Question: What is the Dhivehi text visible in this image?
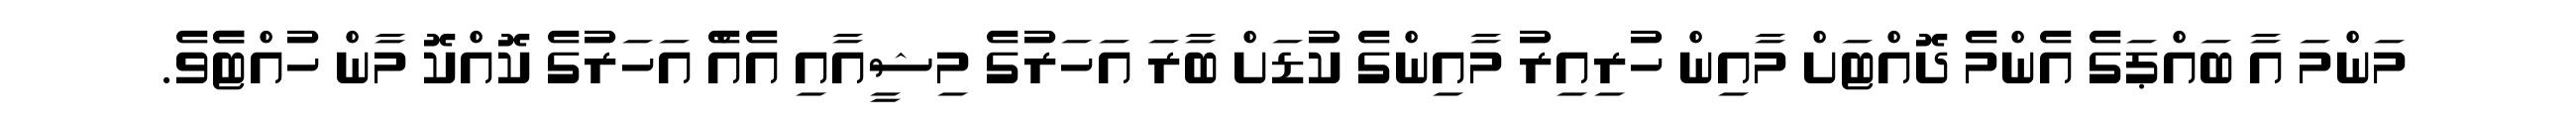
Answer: މަންމަ އާ ބައްޕަގެ އެންމެ ދޮއްޓަށް މާއިން ހުރިއިރު މާއިންގެ ކުޑަށް ބާރަ އަހަރުގެ މިޝީއާއި އެއްެ އަހަރުގެ ކޮއްކޮ މާން ހުއްޓެެވެ.